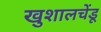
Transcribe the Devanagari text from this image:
खुशालचेंडू